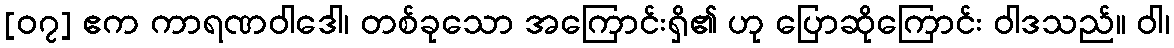
[၀၇] ဧက ကာရဏဝါဒေါ၊ တစ်ခုသော အကြောင်းရှိ၏ ဟု ပြောဆိုကြောင်း ဝါဒသည်။ ဝါ၊